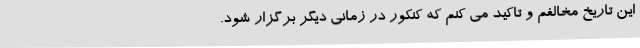
این تاریخ مخالفم و تاکید می کنم که کنکور در زمانی دیگر برگزار شود.